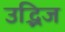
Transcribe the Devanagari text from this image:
उद्भिज